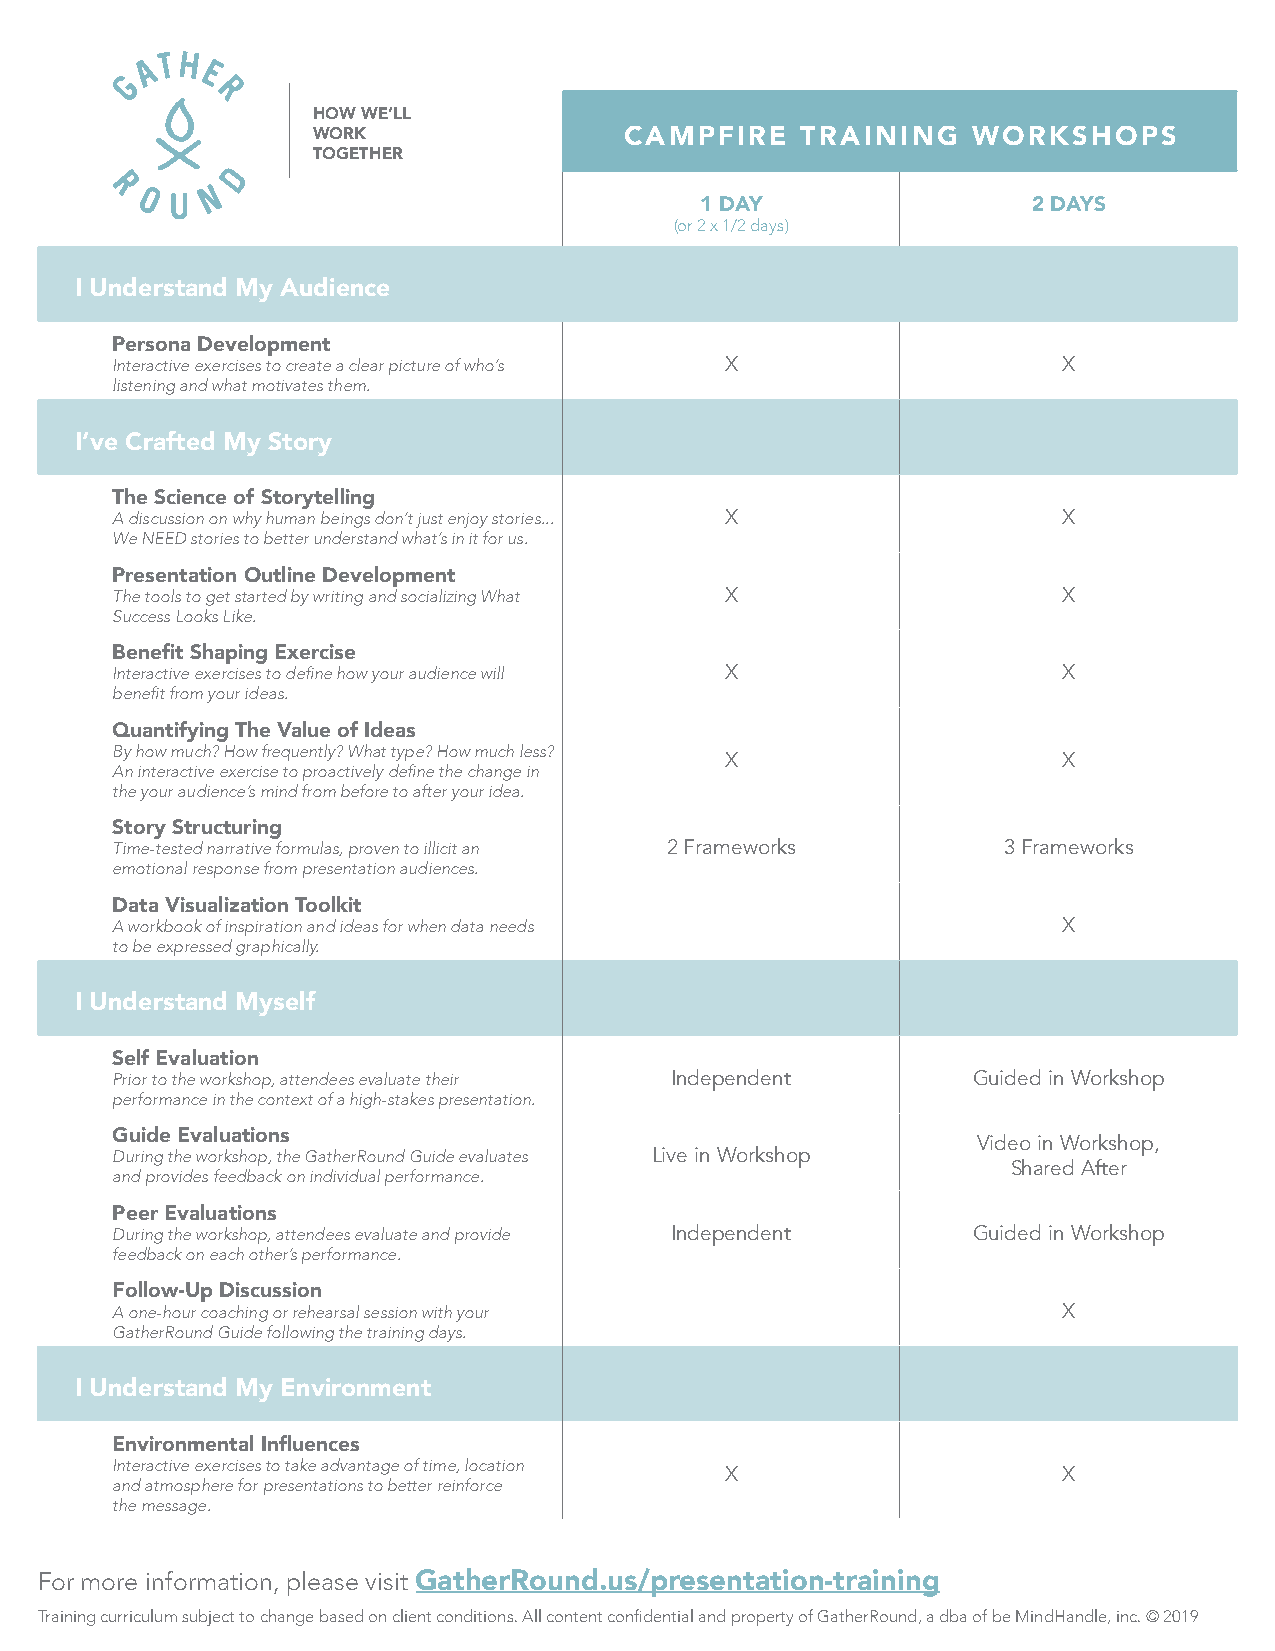
HOW WE’LL
 WORK                CAMPFIRE    TRAINING   WORKSHOPS
 TOGETHER
 1 DAY                 2 DAYS
 (or 2 x 1/2 days)
 I Understand My Audience
 Persona Development
 Interactive exercises to create a clear picture of who’s X     X
 listening and what motivates them.
 I’ve Crafted My Story
 The Science of Storytelling
 A discussion on why human beings don’t just enjoy stories... X X
 We NEED stories to better understand what’s in it for us.
 Presentation Outline Development
 The tools to get started by writing and socializing What X     X
 Success Looks Like.
 Benefit Shaping Exercise
 Interactive exercises to define how your audience will X       X
 benefit from your ideas.
 Quantifying The Value of Ideas
 By how much? How frequently? What type? How much less?
 X                     X
 An interactive exercise to proactively define the change in
 the your audience’s mind from before to after your idea.
 Story Structuring
 Time-tested narrative formulas, proven to illicit an 2 Frameworks 3 Frameworks
 emotional response from presentation audiences.
 Data Visualization Toolkit
 A workbook of inspiration and ideas for when data needs        X
 to be expressed graphically.
 I Understand Myself
 Self Evaluation
 Prior to the workshop, attendees evaluate their Independent Guided in Workshop
 performance in the context of a high-stakes presentation.
 Guide Evaluations                                         Video in Workshop,
 During the workshop, the GatherRound Guide evaluates Live in Workshop
 Shared After
 and provides feedback on individual performance.
 Peer Evaluations
 During the workshop, attendees evaluate and provide Independent Guided in Workshop
 feedback on each other’s performance.
 Follow-Up Discussion
 A one-hour coaching or rehearsal session with your             X
 GatherRound Guide following the training days.
 I Understand My Environment
 Environmental Influences
 Interactive exercises to take advantage of time, location
 X                     X
 and atmosphere for presentations to better reinforce
 the message.
 For more information, please visit GatherRound.us/presentation-training
 Training curriculum subject to change based on client conditions. All content confidential and property of GatherRound, a dba of be MindHandle, inc. © 2019